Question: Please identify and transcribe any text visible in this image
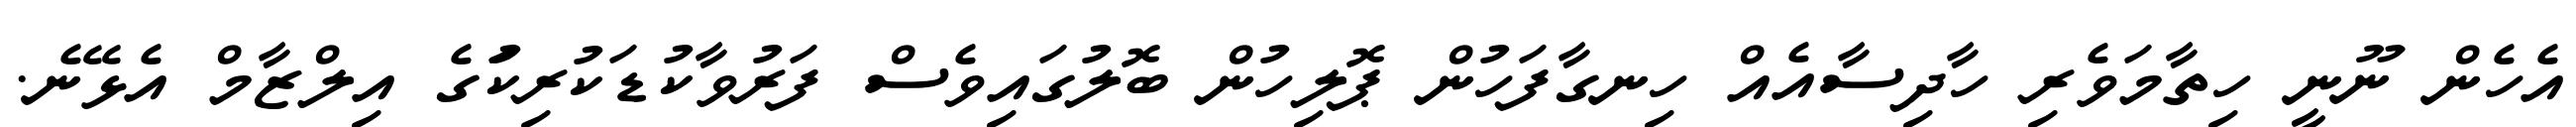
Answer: އެހެން ނޫނީ ހިތާމަވެރި ހާދިސާއެއް ހިނގާފަހުން ޕޮލިހުން ބޮލުގައިވެސް ފަރުވާކުޑަކުރިކަުގެ އިލްޒާމް އެޅޭނެ.